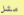
مثل